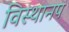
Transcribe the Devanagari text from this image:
विस्थानप